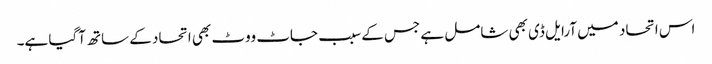
اس اتحاد میں آرایل ڈی بھی شامل ہے جس کے سبب جاٹ ووٹ بھی اتحاد کے ساتھ آگیا ہے۔